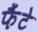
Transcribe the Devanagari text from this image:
फैंटे